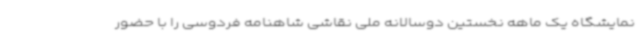
نمایشگاه یک ماهه نخستین دوسالانه ملی نقاشی شاهنامه فردوسی را با حضور